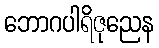
ဘောဂပါရိဇုညေန